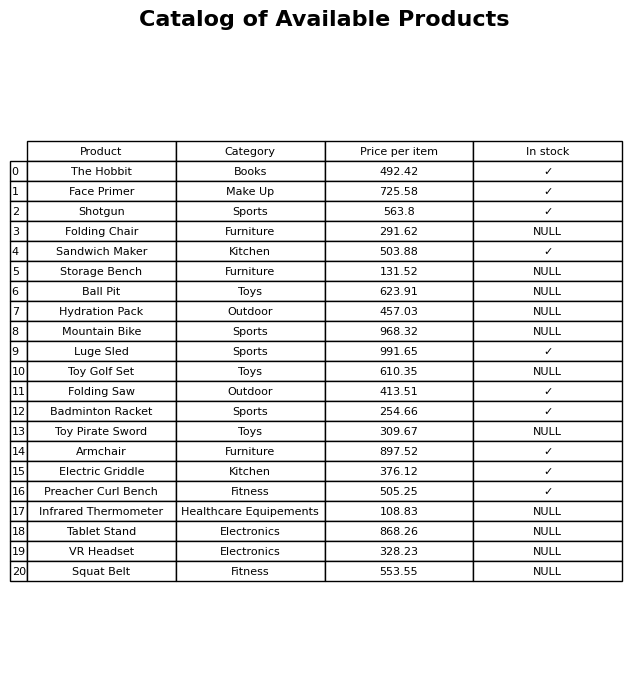
question: What is the price for Ball Pit?
answer: The price of Ball Pit is 623.91.